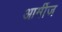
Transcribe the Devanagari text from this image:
आर्मीज